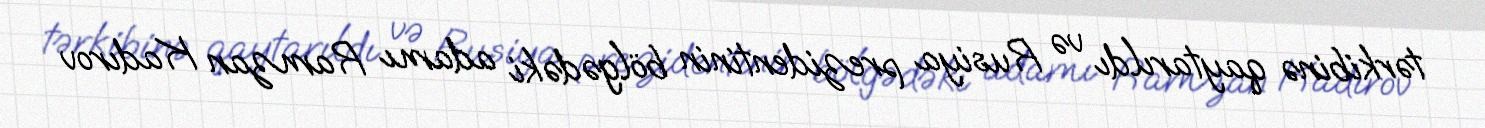
tərkibinə qaytarıldı və Rusiya prezidentinin bölgədəki adamı Ramzan Kadırov